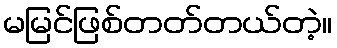
မမြင်ဖြစ်တတ်တယ်တဲ့။